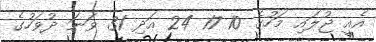
އެއީ ޖުލައި މަހުގެ 10 17 24 އަދި 31 ވަނަ ދުވަހުގެ